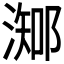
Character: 𣻩